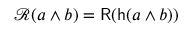
{ \mathcal { R } } ( a \wedge b ) = { \mathsf { R } } ( { \mathsf { h } } ( a \wedge b ) )